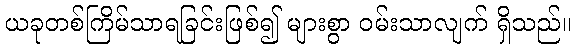
ယခုတစ်ကြိမ်သာရခြင်းဖြစ်၍ များစွာ ဝမ်းသာလျက် ရှိသည်။